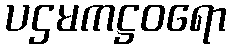
ပဌမကဋ္ဌဝရော